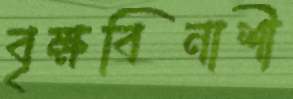
বৃক্ষবিনাশী